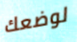
لوضعك